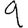
Digit: 9